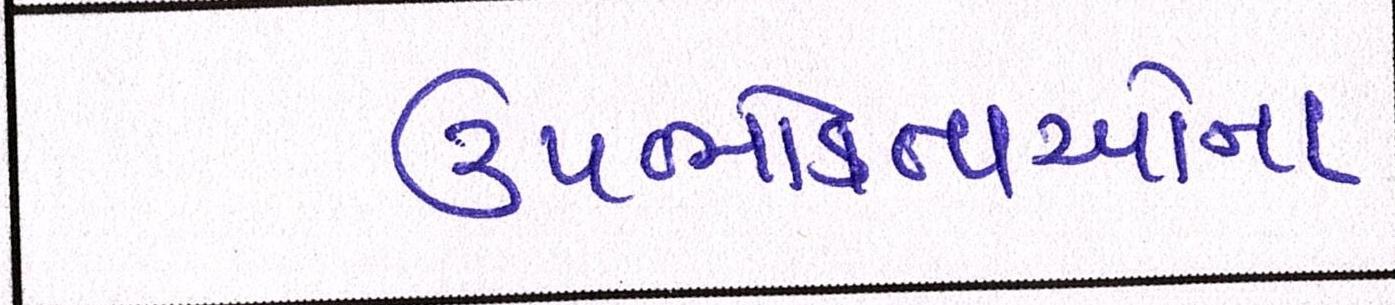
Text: ઉપભોક્તાઓના